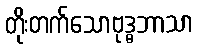
တိုးတက်သောဗုဒ္ဓဘာသာ